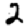
Digit: 2